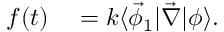
\begin{array} { r l } { f ( t ) } & { { } = k \langle \vec { \phi } _ { 1 } \lvert \vec { \nabla } \rvert \phi \rangle . } \end{array}